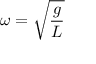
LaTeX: \omega = { \sqrt { \frac { g } { L } } }